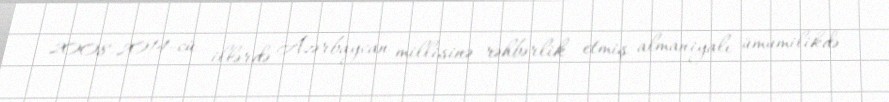
2008-2014-cü illərdə Azərbaycan millisinə rəhbərlik etmiş almaniyalı ümumilikdə